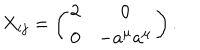
X _ { i j } = \left( \begin{array} { c c } { { 2 } } & { { 0 } } \\ { { 0 } } & { { - a ^ { \mu } a ^ { \mu } } } \\ \end{array} \right) .